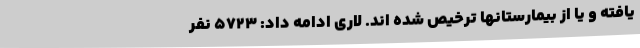
یافته و یا از بیمارستانها ترخیص شده اند. لاری ادامه داد: 5723 نفر